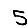
Digit: 5